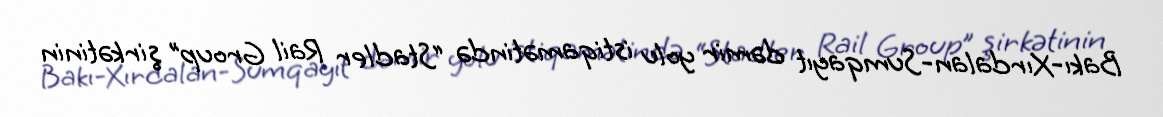
Bakı-Xırdalan-Sumqayıt dəmir yolu istiqamətində “Stadler Rail Group” şirkətinin